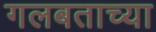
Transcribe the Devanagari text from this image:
गलबताच्या